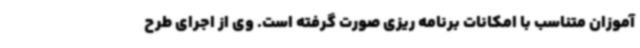
آموزان متناسب با امکانات برنامه ریزی صورت گرفته است. وی از اجرای طرح